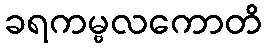
ခရကမ္ဗလကောတိ